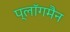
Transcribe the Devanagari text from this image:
प्लॉगमैन